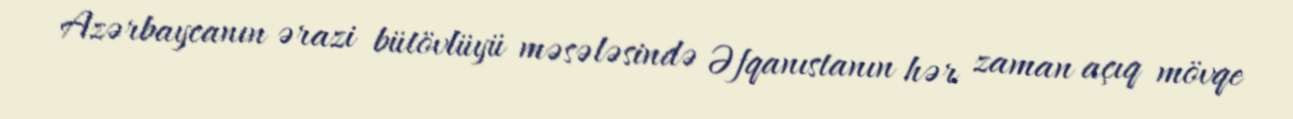
Azərbaycanın ərazi bütövlüyü məsələsində Əfqanıstanın hər zaman açıq mövqe